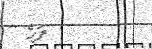
ފަހެ